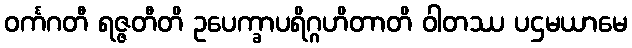
ဝင်္ကဂတီ ရဇ္ဇတီတိ ဥပေက္ခာပရိဂ္ဂဟိတာတိ ဝါတဿ ပဌမယာမေ